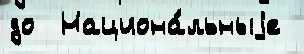
до  Национа́льныjе